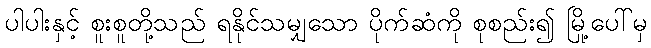
ပါပါးနှင့် စူးစူတို့သည် ရနိုင်သမျှသော ပိုက်ဆံကို စုစည်း၍ မြို့ပေါ်မှ